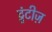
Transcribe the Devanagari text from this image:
ट्वंटीज़